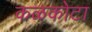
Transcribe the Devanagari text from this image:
कळकोटा